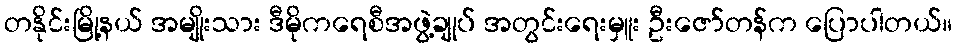
တနိုင်းမြို့နယ် အမျိုးသား ဒီမိုကရေစီအဖွဲ့ချုပ် အတွင်းရေးမှူး ဦးဇော်တန်က ပြောပါတယ်။